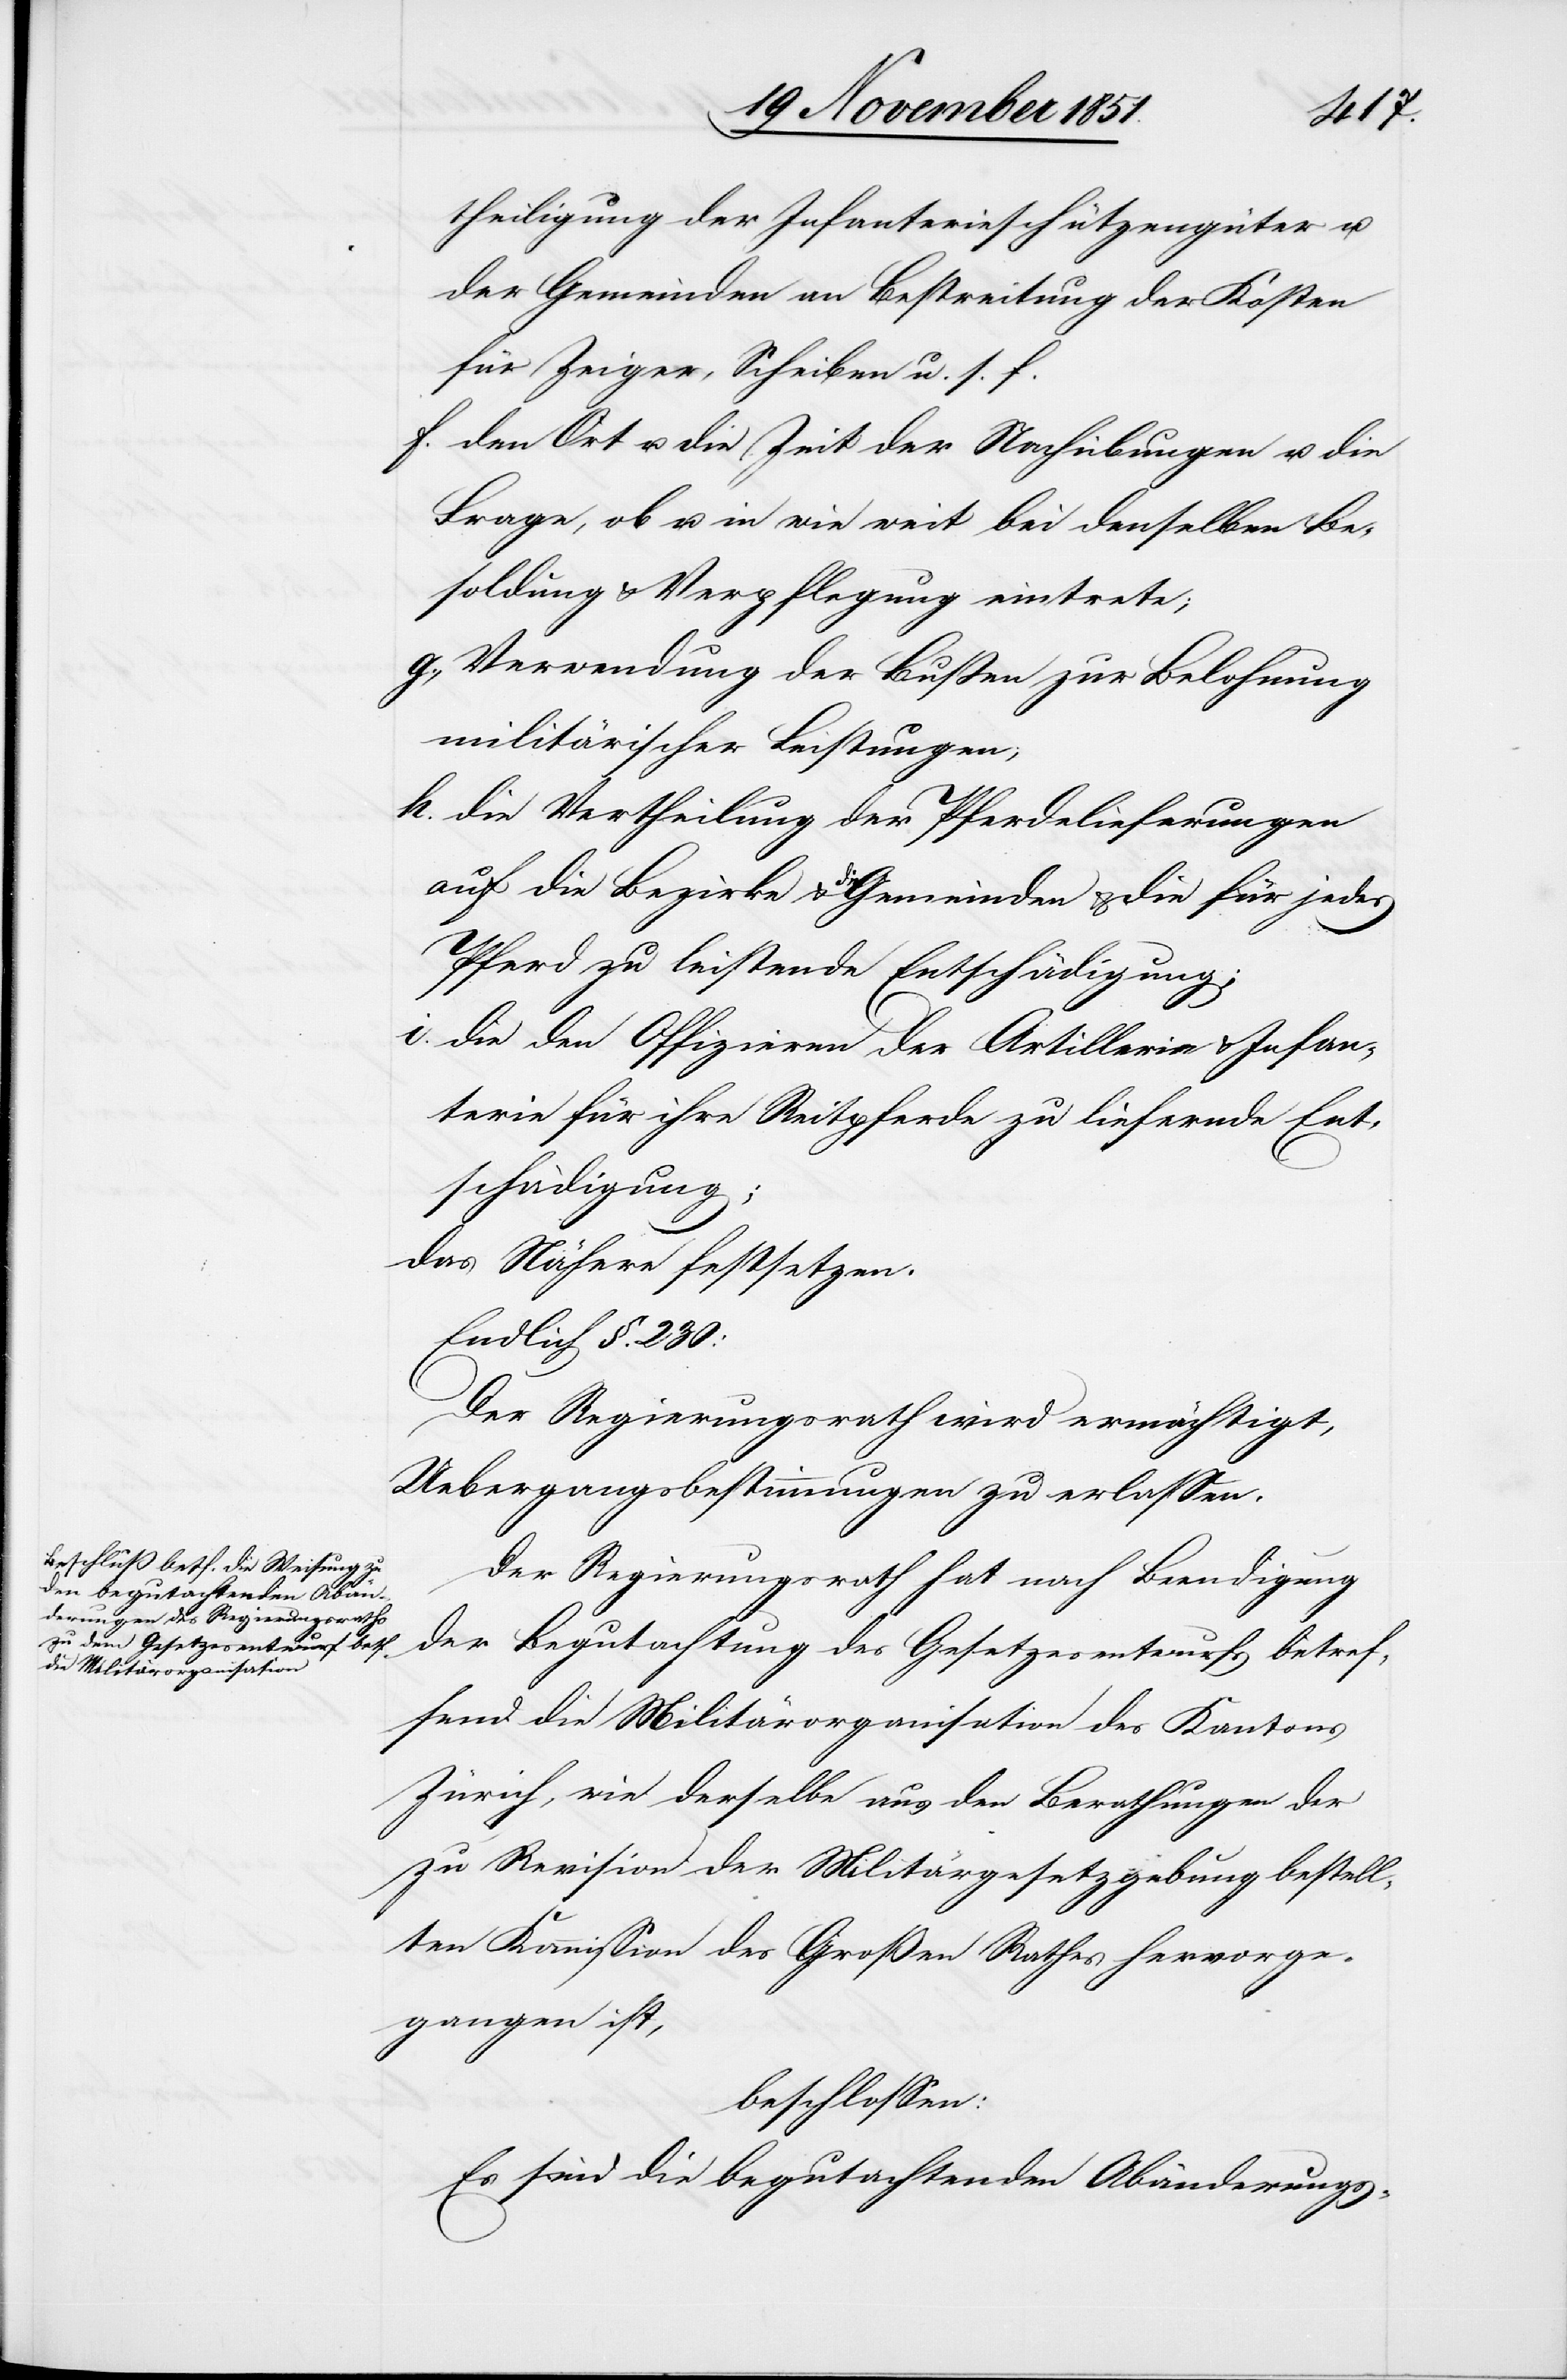
theiligung der Infanterieschützengüter u.
der Gemeinden an Bestreitung der Kosten
für Zeiger, Scheiben u. s. f.
den Ort u. die Zeit der Nachübungen u. die
Frage, ob u. in wie weit bei denselben Be¬
soldung & Verpflegung eintrete;
Verwendung der Bußen zur Belohnung
militärischer Leistungen;
die Vertheilung der Pferdelieferungen
auf die Bezirke & die Gemeinden & die für jedes
Pferd zu leistende Entschädigung;
die den Offizieren der Artillerie & Infan¬
terie für ihre Reitpferde zu liefernde Ent¬
schädigung;
das Nähere festsetzen.
Endlich §. 230:
Der Regierungsrath wird ermächtigt,
Uebergangsbestimmungen zu erlassen.
Der Regierungsrath hat nach Beendigung
der Begutachtung des Gesetzesentwurfs betref¬
fend die Militärorganisation des Kantons
Zürich, wie derselbe aus den Berathungen der
zu Revision der Militärgesetzgebung bestell¬
ten Kommission des Großen Rathes hervorge¬
gangen ist,
beschlossen:
Es sind die begutachtenden Abänderungs-